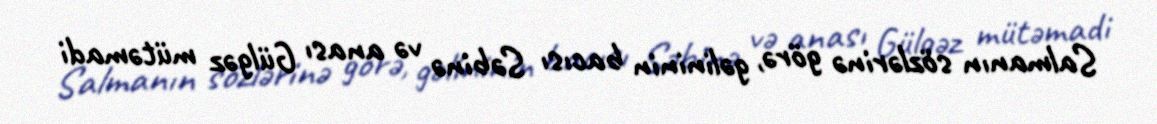
Salmanın sözlərinə görə, gəlininin bacısı Səbinə və anası Gülgəz mütəmadi